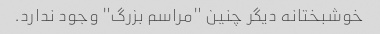
خوشبختانه دیگر چنین "مراسم بزرگ" وجود ندارد.